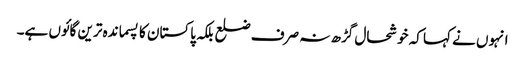
انہوں نے کہا کہ خوشحال گڑھ نہ صرف ضلع بلکہ پاکستان کا پسماندہ ترین گائوں ہے۔